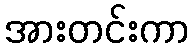
အားတင်းကာ